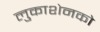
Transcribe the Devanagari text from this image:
लुकाशेनको